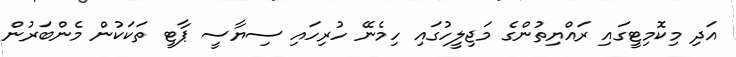
އަދި މިކޮމިޓީގައި ރައްޔިތުންގެ މަޖިލީހުގައި ހިމެނޭ ހުރިހައި ސިޔާސީ ޕާޓީ ތަކަކުން މެންބަރުން